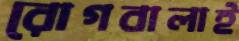
রোগবালাই